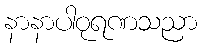
နာနာပါဝုရဏသညာ